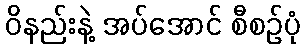
ဝိနည်းနဲ့ အပ်အောင် စီစဉ်ပုံ